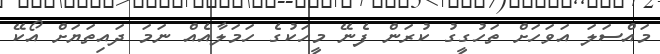
މައްސަލަ އަވަހަށް ތަހުގީގު ކުރަން ފެނޭ މީހަކުގެ ހަމަލާއެއް ނަމަ ދައިތަޔަށް އޯކޭ